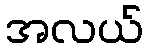
အလယ်